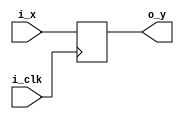
`timescale 1ns / 1ps

module A(i_clk,i_x, o_y); //Nonarchitectural Register
	input [31:0] i_x;
	input i_clk;
	output reg[31:0] o_y;
	
	always@(posedge i_clk )begin
			o_y <= i_x;
	end
endmodule